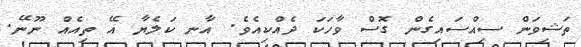
ތަޝިވަން ސިއްސައިގެން ގޮސް ވާހަކަ ދެއްކިއެވެ. އާނ ކަލެޔާ އޭ ތިއެއް ނޫނޭ.